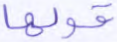
قولها